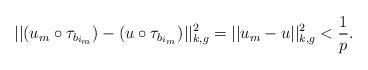
LaTeX: \begin{align*} ||(u_m \circ \tau_{b_{i_m}}) - (u \circ \tau_{b_{i_m}})||^2_{k,g} = ||u_m - u||^2_{k,g} < \frac{1}{p}.\end{align*}